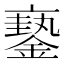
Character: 𨬇